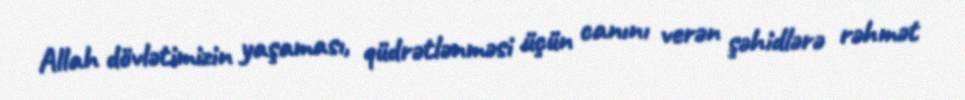
Allah dövlətimizin yaşaması, qüdrətlənməsi üçün canını verən şəhidlərə rəhmət